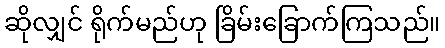
ဆိုလျှင် ရိုက်မည်ဟု ခြိမ်းခြောက်ကြသည်။